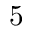
5